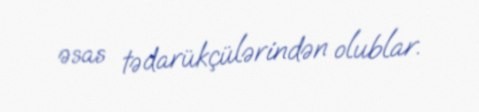
əsas tədarükçülərindən olublar.